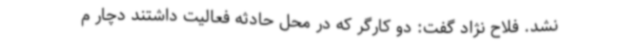
نشد. فلاح نژاد گفت: دو کارگر که در محل حادثه فعالیت داشتند دچار م